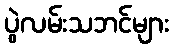
ပွဲလမ်းသဘင်များ